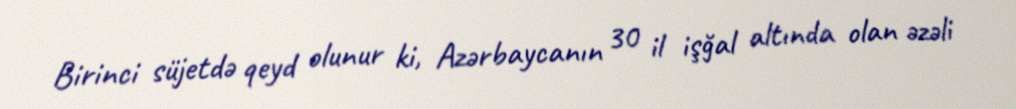
Birinci süjetdə qeyd olunur ki, Azərbaycanın 30 il işğal altında olan əzəli